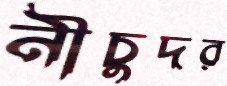
নীচুদর